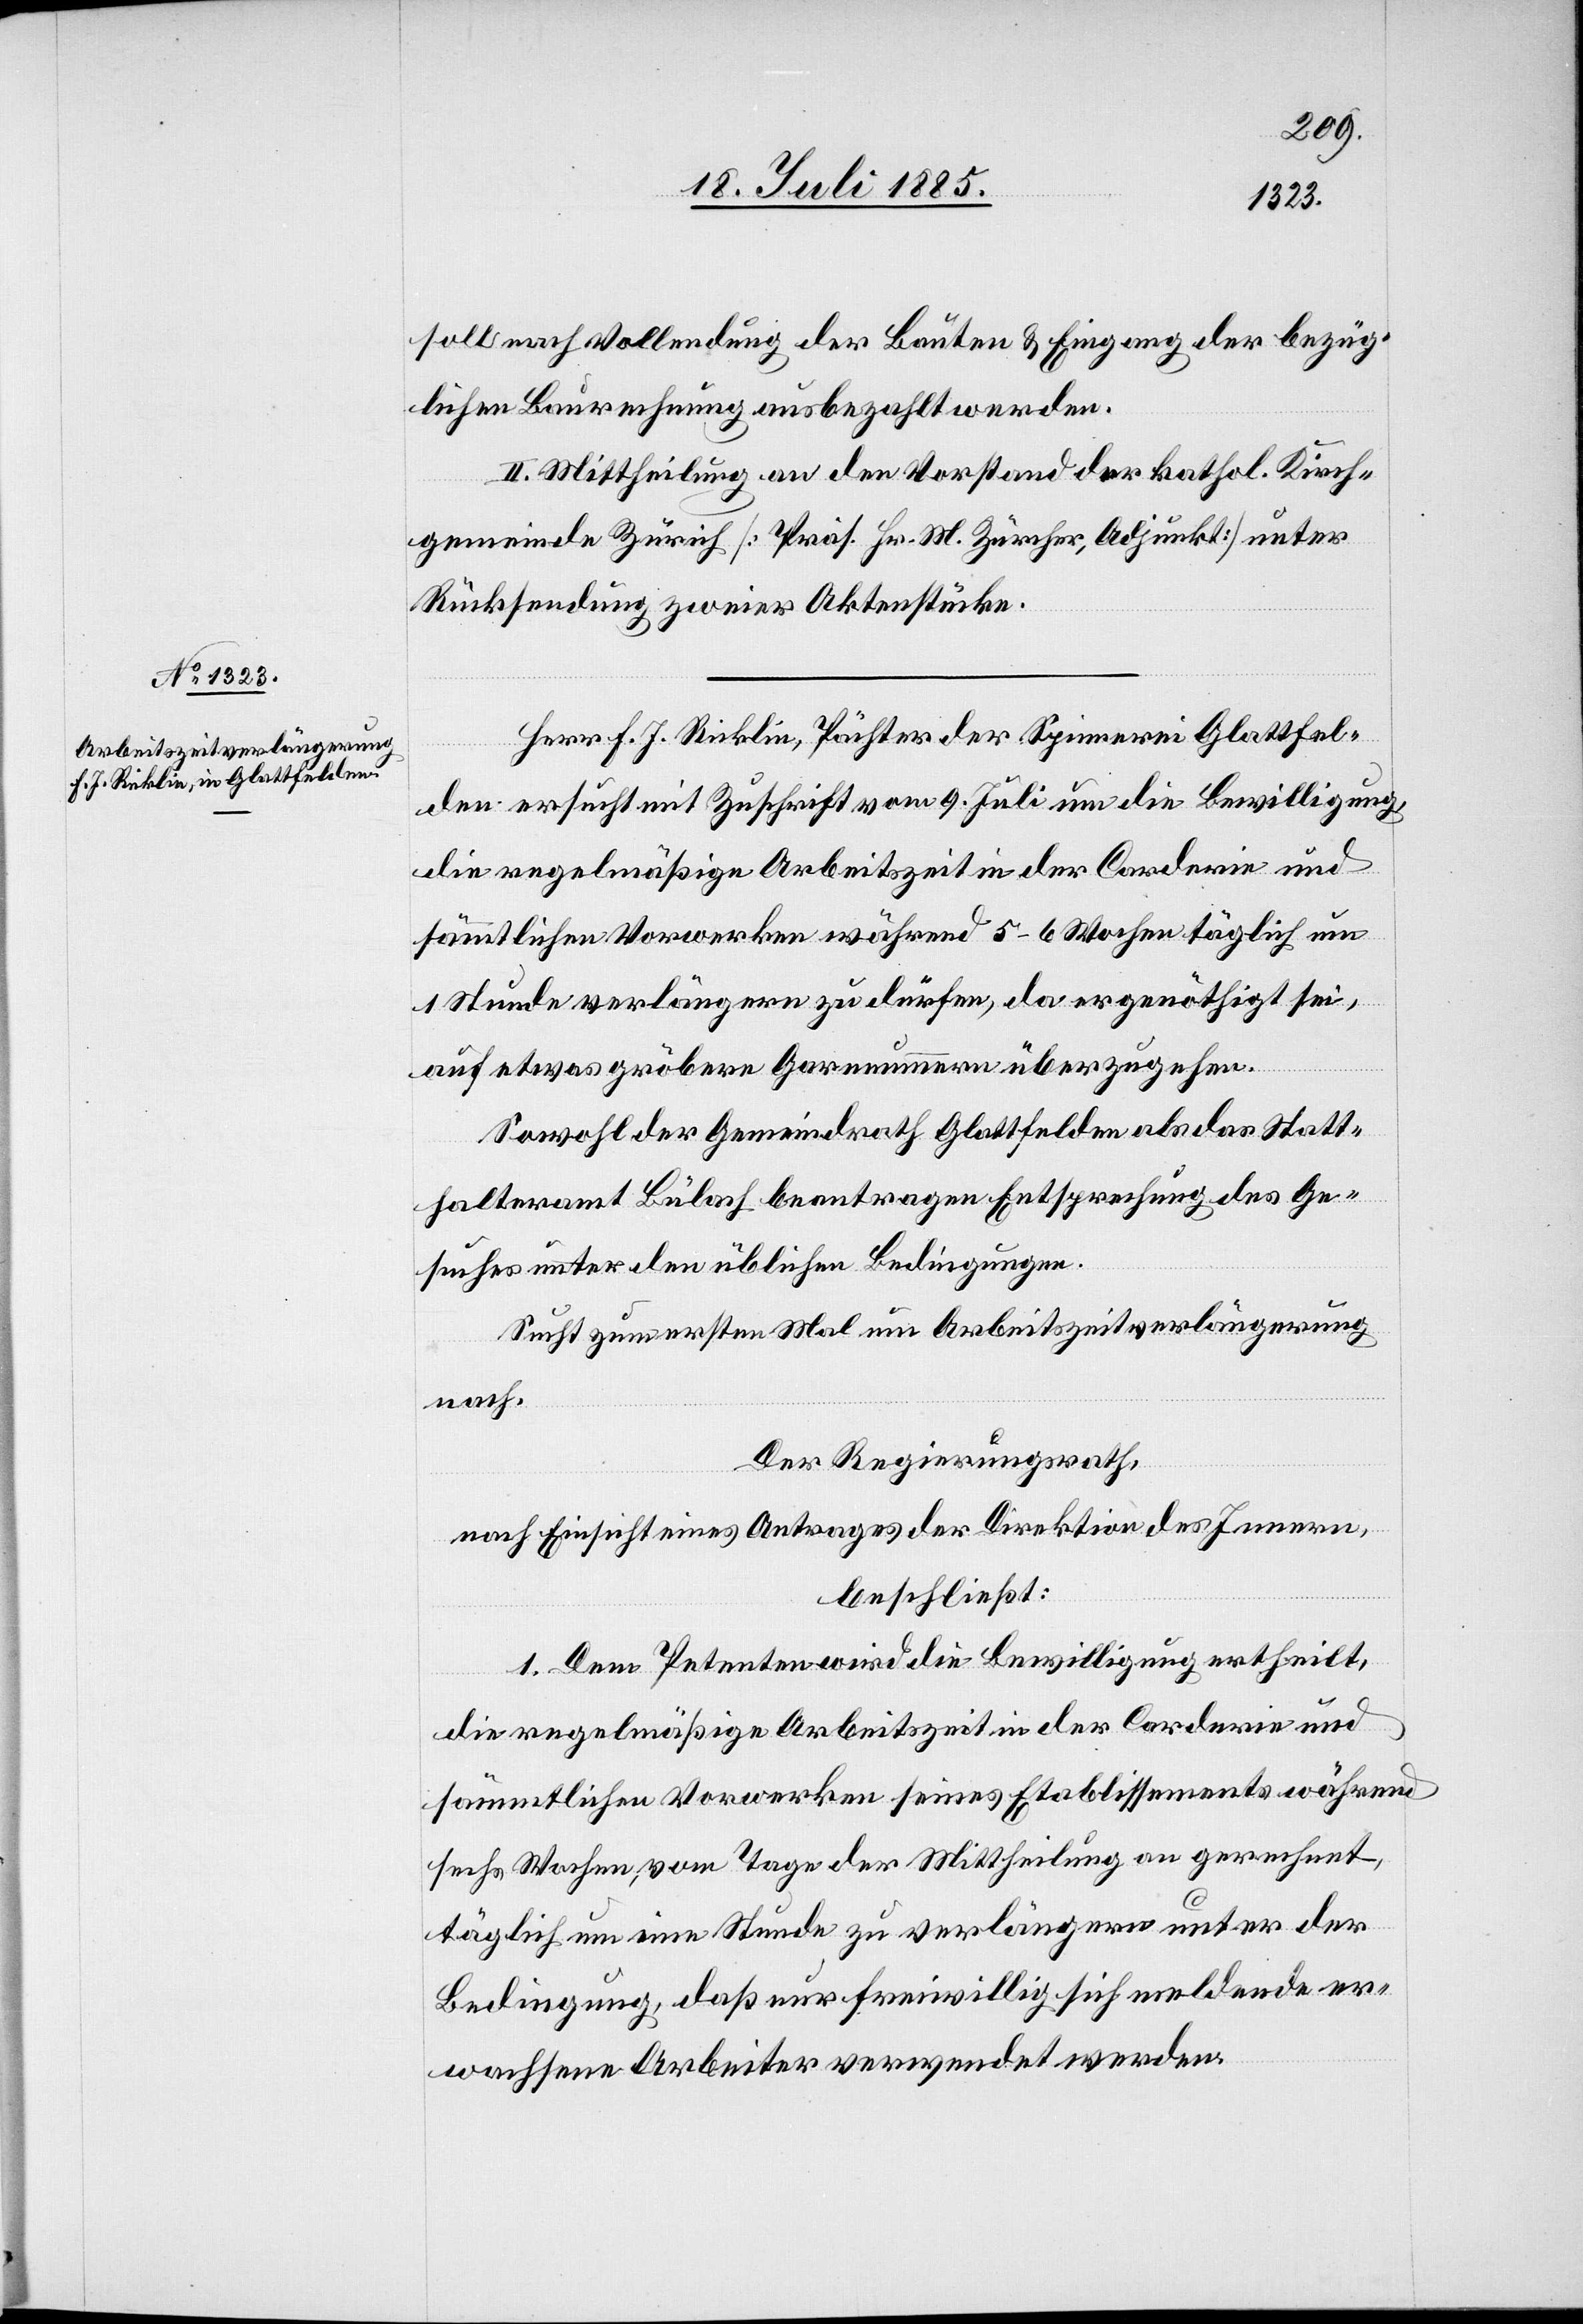
soll nach Vollendung der Bauten & Eingang der bezüg¬
lichen Baurechnung ausbezahlt werden.
II. Mittheilung an den Vorstand der kathol. Kirch¬
gemeinde Zürich [Präs. Hr. M. Zürcher, Adjunkt] unter
Rücksendung zweier Aktenstücke.
Herr F. J. Ricklin, Pächter der Spinnerei Glattfel¬
den ersucht mit Zuschrift vom 9. Juli um die Bewilligung,
sämmtlichen Vorwerken während 5–6 Wochen täglich um
1 Stunde verlängern zu dürfen, da er genöthigt sei,
auf etwas gröbere Garnnummern überzugehen.
Sowohl der Gemeindrath Glattfelden als das Statt¬
halteramt Bülach beantragen Entsprechung des Ge¬
suches unter den üblichen Bedingungen.
Sucht zum ersten Mal um Arbeitszeitverlängerung
nach.
Der Regierungsrath,
nach Einsicht eines Antrages der Direktion des Innern,
beschließt:
1. Dem Petenten wird die Bewilligung ertheilt,
die regelmäßige Arbeitszeit in der Corderie und
sämmtlichen Vorwerken seines Etablissements während
sechs Wochen, vom Tage der Mittheilung an gerechnet,
täglich um eine Stunde zu verlängern unter der
Bedingung, daß nur freiwillig sich meldende er¬
wachsene Arbeiter verwendet werden.